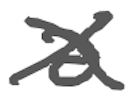
Text: a
Cross-out: cross
Writing tool: digital_gray